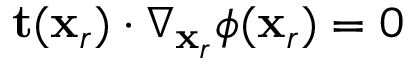
\mathbf { t } ( \mathbf { x } _ { r } ) \cdot \nabla _ { \mathbf { x } _ { r } } \phi ( \mathbf { x } _ { r } ) = 0